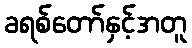
ခရစ်တော်နှင့်အတူ